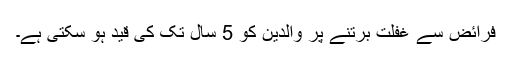
فرائض سے غفلت برتنے پر والدین کو 5 سال تک کی قید ہو سکتی ہے۔